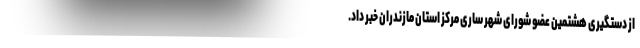
از دستگیری هشتمین عضو شورای شهر ساری مرکز استان مازندران خبر داد.